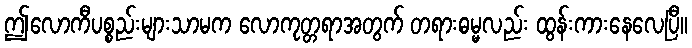
ဤလောကီပစ္စည်းများသာမက လောကုတ္တရာအတွက် တရားဓမ္မလည်း ထွန်းကားနေလေပြီ။